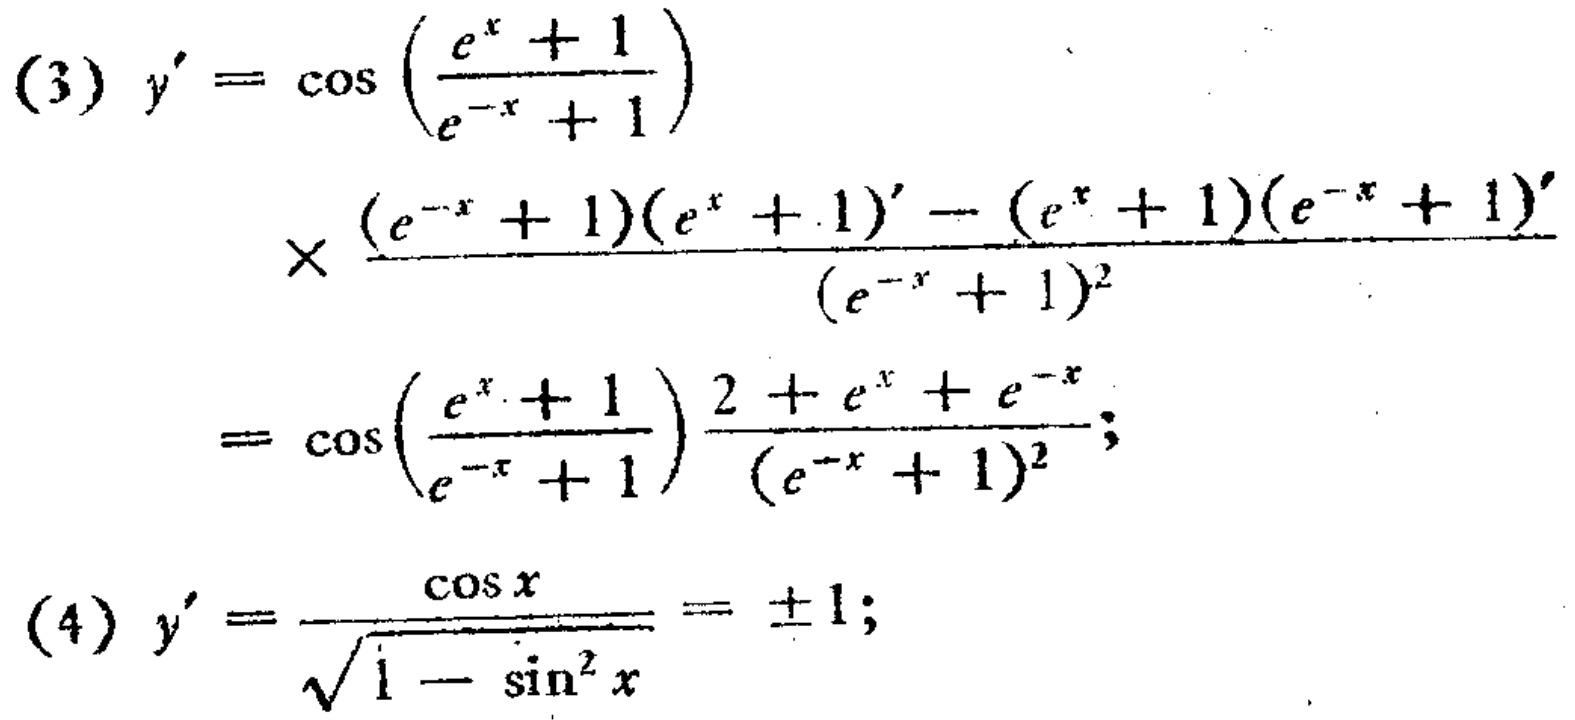
\begin{align*}
(3)\ y'&=\cos\left(\frac{e^{x}+1}{e^{-x}+1}\right)\\
&\times\frac{(e^{-x}+1)(e^{x}+1)'-(e^{x}+1)(e^{-x}+1)'}{(e^{-x}+1)^{2}}\\
&=\cos\left(\frac{e^{x}+1}{e^{-x}+1}\right)\frac{2 + e^{x}+e^{-x}}{(e^{-x}+1)^{2}};\\
(4)\ y'&=\frac{\cos x}{\sqrt{1-\sin^{2}x}}=\pm1;
\end{align*}